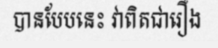
បានបែបនេះ វាពិតជារឿង